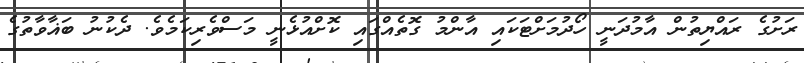
ރަށުގެ ރައްޔިތުން އާމުދަނީ ހޯދުމަށްޓަކައި އާންމު ގޮތެއްގައި ކޮށްއުޅެނީ މަސްވެރިކަމެވެ. ދެކުނު ބަޣާވާތުގެ